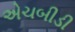
એચબીડી